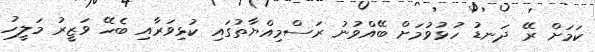
ކަމަށް ރޭ ދަނޑު ހުޅުވުމަށް ބޭއްވުނު ރަސްމިއްޔާތުގައި ކުޅިވަރާއި ބެހޭ ވަޒީރު މަލީހު